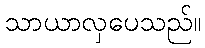
သာယာလှပေသည်။